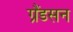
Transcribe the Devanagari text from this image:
ग्रैंडसन